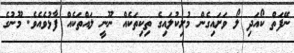
ނޭފަތް ކޯއަދި ލޯ ވަށައިގެން މުށިކުލައިގެ ތިކިތަކެއް ނޫނީ ލައްތަކެއް ފާޅުވެއެވެ. މޫނުގެ